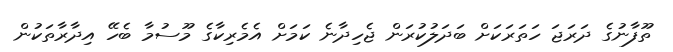
ތޫފާނުގެ ދަރަޖަ ހަތަރަކަށް ބަދަލުކުރަން ޖެހިދާނެ ކަމަށް އެމެރިކާގެ މޫސުމާ ބެހޭ އިދާރާތަކުން